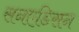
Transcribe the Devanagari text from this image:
सनएडिसन